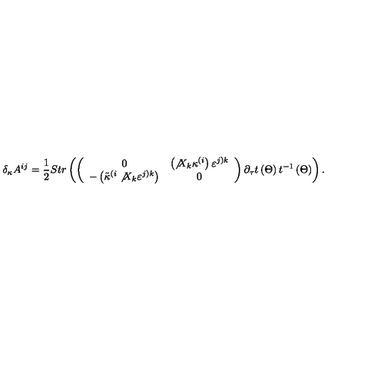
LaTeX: \delta _ { \kappa } A ^ { i j } = \frac 1 2 S t r \left( \left( \begin{array} { c c } { 0 } & { \left( \not { X } _ { k } \kappa ^ { ( i } \right) \varepsilon ^ { j ) k } } \\ { - \left( \tilde { \kappa } ^ { ( i } \not { X } _ { k } \varepsilon ^ { j ) k } \right) } & { 0 } \\ \end{array} \right) \partial _ { \tau } t \left( \Theta \right) t ^ { - 1 } \left( \Theta \right) \right) .